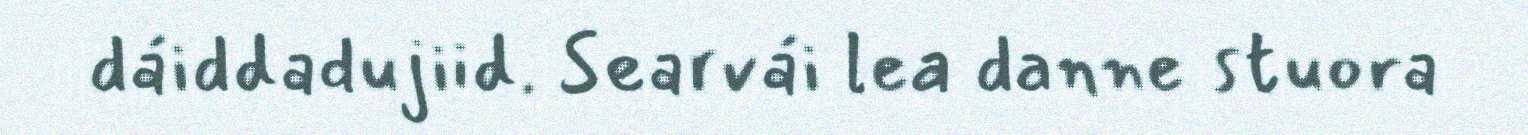
dáiddadujiid. Searvái lea danne stuora